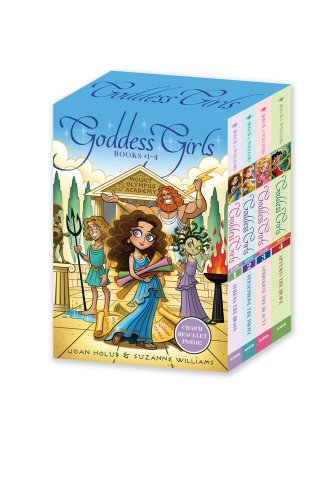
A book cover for Goddess Girls Books #1-4 (Charm Bracelet Inside!): Athena the Brain; Persephone the Phony; Aphrodite the Beauty; Artemis the Brave; Joan Holub; Children's Books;